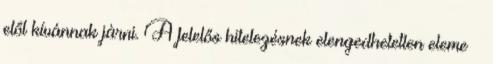
elől kívánnak járni. A felelős hitelezésnek elengedhetetlen eleme –